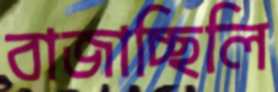
বাজাচ্ছিলি